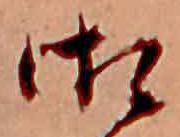
御